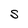
Character: S